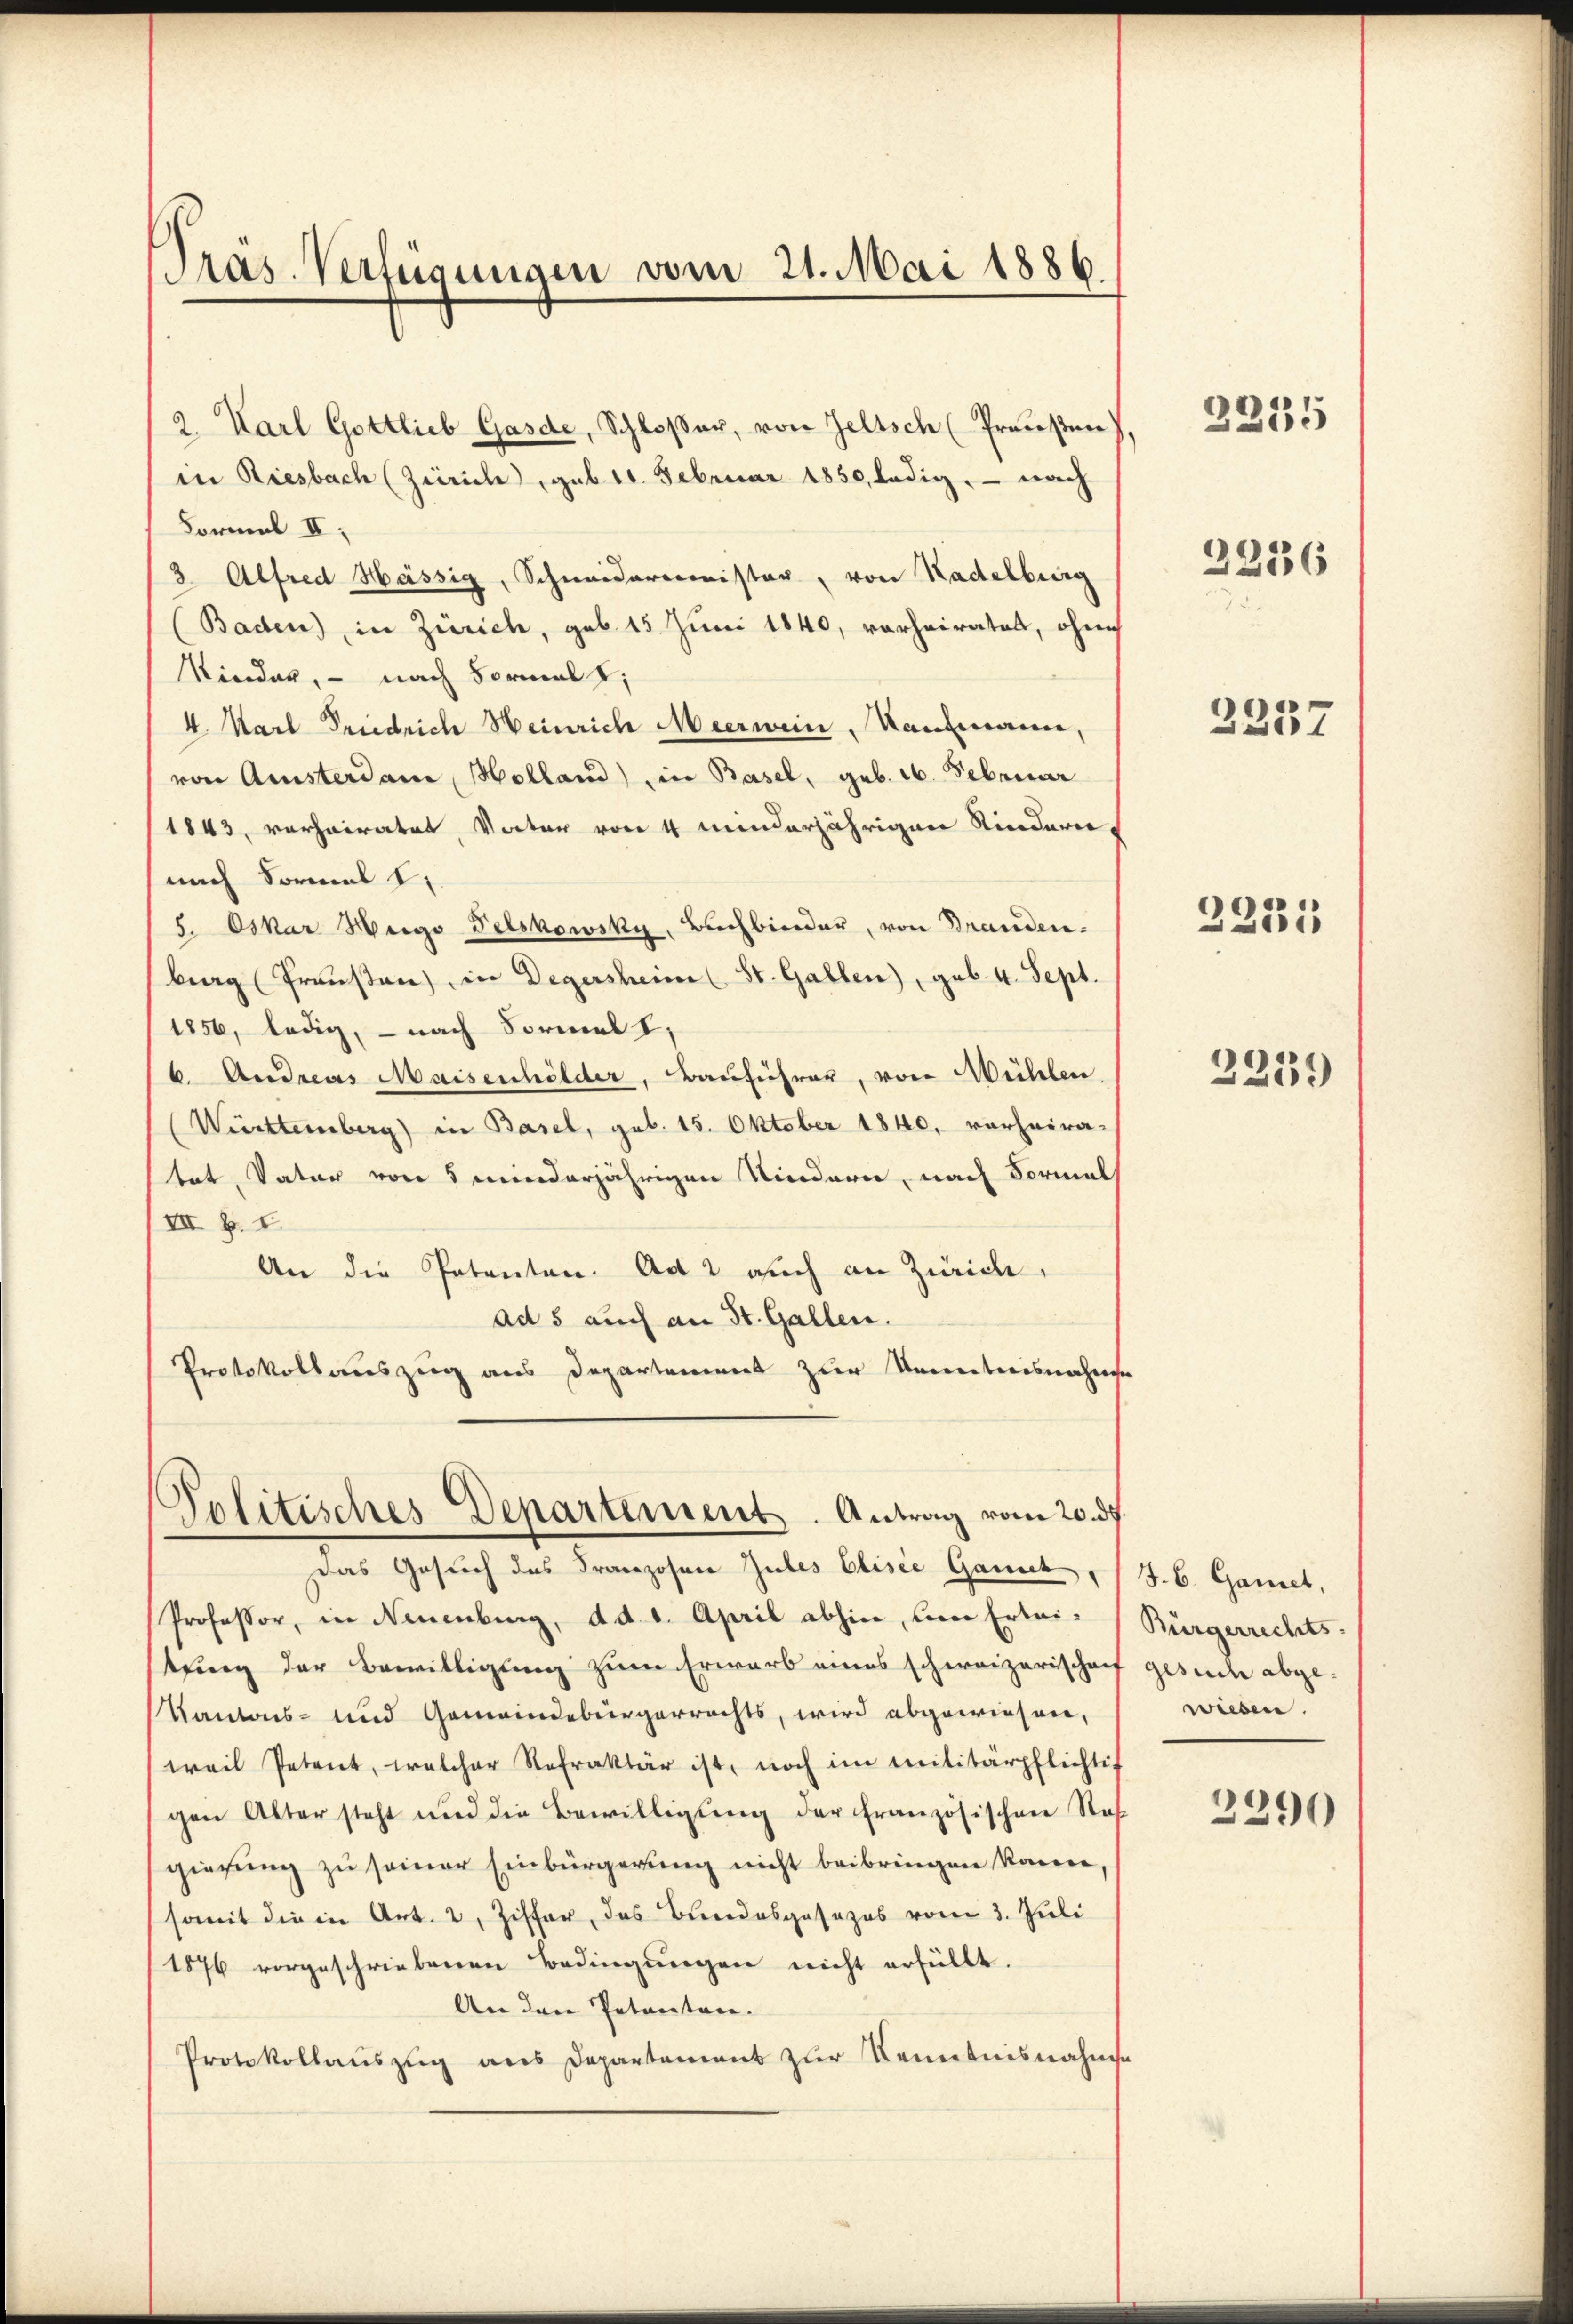
2. Karl Gottlieb Gasde, Schloßer, von Zeltsch (Preußen),
in Riesbach (Zürich, sub 11. Februar 1850, ledig, — nach
Formel II.
3 Alfred Hässig, Schneidermeister, von Kadelburg
Baden), in Zürich, geb. 15 Juni 1840, vorheiratet, ohne
Kinden, — nach Formal k
4. Karl Friedrich Heinrich Meerwein, Kaufmann,
von Amsterdam, Holland) in Basel, geb. 16. Februar
1843, vorheiratet, Vater von 4 minderjährigen Kindern,
nach Sormal 1,
5. Oskar Weige Felskowsky, Buchbinder, von Branden.
berg (Trausen, in Degersheim (St. Gallen), geb. 4. Sept.
1856, ledig, — nach Formal I
6. Andreas Maisenhölder, Bauführer, von Mühlen.
Württemberg) in Basel, geb. 15. Oktober 1840, verheiratet, Vater von 5 minderjährigen Kindern, nach vormals
VII p. I
An die Petenten. Ad 2 auch an Zürich,
ad 5 auch an St. Gallen.
Protokollauszug aus Departement zur Kenntnisnahme
Politisches Departement. Antrag vom 20. ds.

Präs. Verfügungen vom 21. Mai 1886.

Das Gesuch des Franzosen Zules Elisie Gant
Professor, in Neuenburg, d. d. 1. April abhin, von Ertei- (Bürgerrechts-
tung der Bewilligung zum Erwarb eines schweizerischef gesuch abge¬
Kantons- und Gemeindebürgerrechts, wird abgewiesen,
weil Petent, welcher Refraktär ist, noch im Militärpflichtig
gen Alter steht und die Bewilligung der französischen Res
gierung zu seiner Einbürgerung nicht beibringen kanne
somit die in Art. 2, Ziffer, das Bundesgesezes vom 3. Juli
1876 vorgeschriebenen Bedingungen nicht erfüllt.
An dem Petentare.
Protokollaŭszŭg ans Departement zur Kenntnisnahme

3235

2236

2357

2231

2239

J. 6. Gamet,
wiesen.

2290